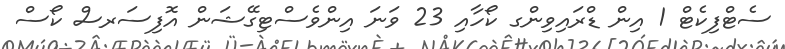
ސެޓްފިކެޓް 1 އިން ޑްރައިވިންގ ކޯހާއި 23 ވަނަ އިންވެސްޓިގޭޝަން އޮފިސަރސް ކޯސް